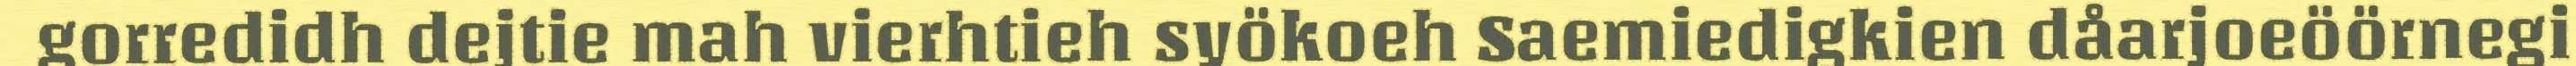
gorredidh dejtie mah vierhtieh syökoeh Saemiedigkien dåarjoeöörnegi